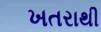
ખતરાથી